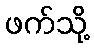
ဖက်သို့